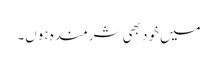
میں خود بھی شرمندہ ہوں۔